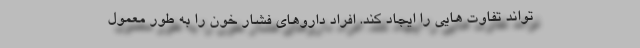
تواند تفاوت هایی را ایجاد کند. افراد داروهای فشار خون را به طور معمول